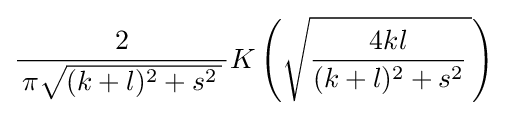
{\frac {2}{\,\pi {\sqrt {(k+l)^{2}+s^{2}\,}}\,}}K\left({\sqrt {{\frac {4kl}{(k+l)^{2}+s^{2}}}\,}}\right)